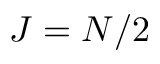
J = N / 2